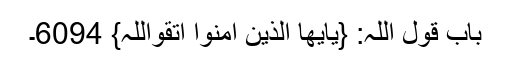
باب قول اللہ: {یایھا الذین امنوا اتقواللہ} 6094۔